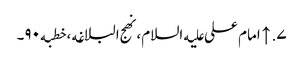
۷. ↑ امام علی علیه‌السلام، نهج البلاغه، خطبه۹۰۔